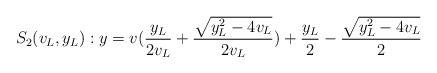
LaTeX: \begin{align*}S_2(v_L,y_L): y&=v(\frac{y_L}{2v_L}+\frac{\sqrt{y_L^2-4v_L}}{2v_L})+\frac{y_L}{2}-\frac{\sqrt{y_L^2-4v_L}}{2} \end{align*}